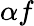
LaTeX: \alpha f